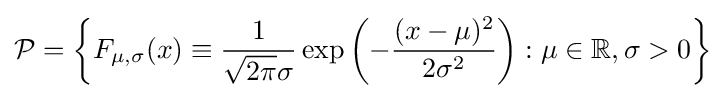
{\mathcal {P}}=\left\{F_{\mu ,\sigma }(x)\equiv {\frac {1}{{\sqrt {2\pi }}\sigma }}\exp \left(-{\frac {(x-\mu )^{2}}{2\sigma ^{2}}}\right):\mu \in \mathbb {R} ,\sigma >0\right\}